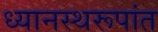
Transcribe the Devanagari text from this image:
ध्यानस्थरूपांत